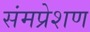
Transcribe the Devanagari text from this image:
संमप्रेशण